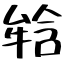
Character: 𤚥